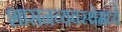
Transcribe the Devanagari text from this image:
शासनव्यवस्थेमध्ये